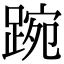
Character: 踠